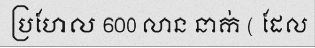
ប្រហែល 600 លាន នាក់ ( ដែល